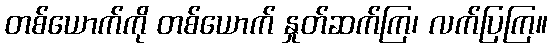
တစ်ယောက်ကို တစ်ယောက် နှုတ်ဆက်ကြ၊ လက်ပြကြ။